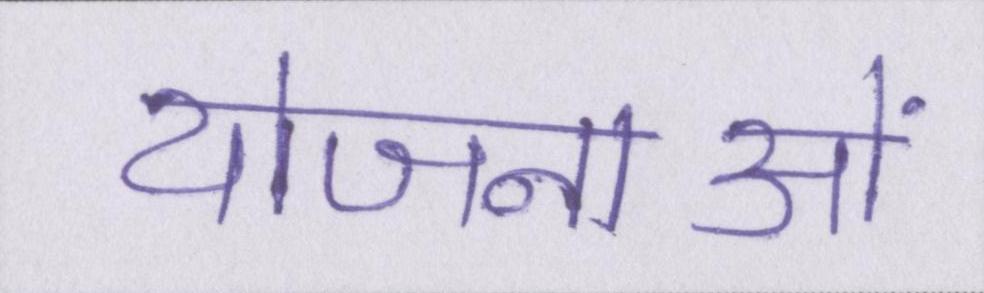
योजनाओं